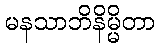
မနသာဘိနိမ္မိတာ